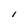
Character: l